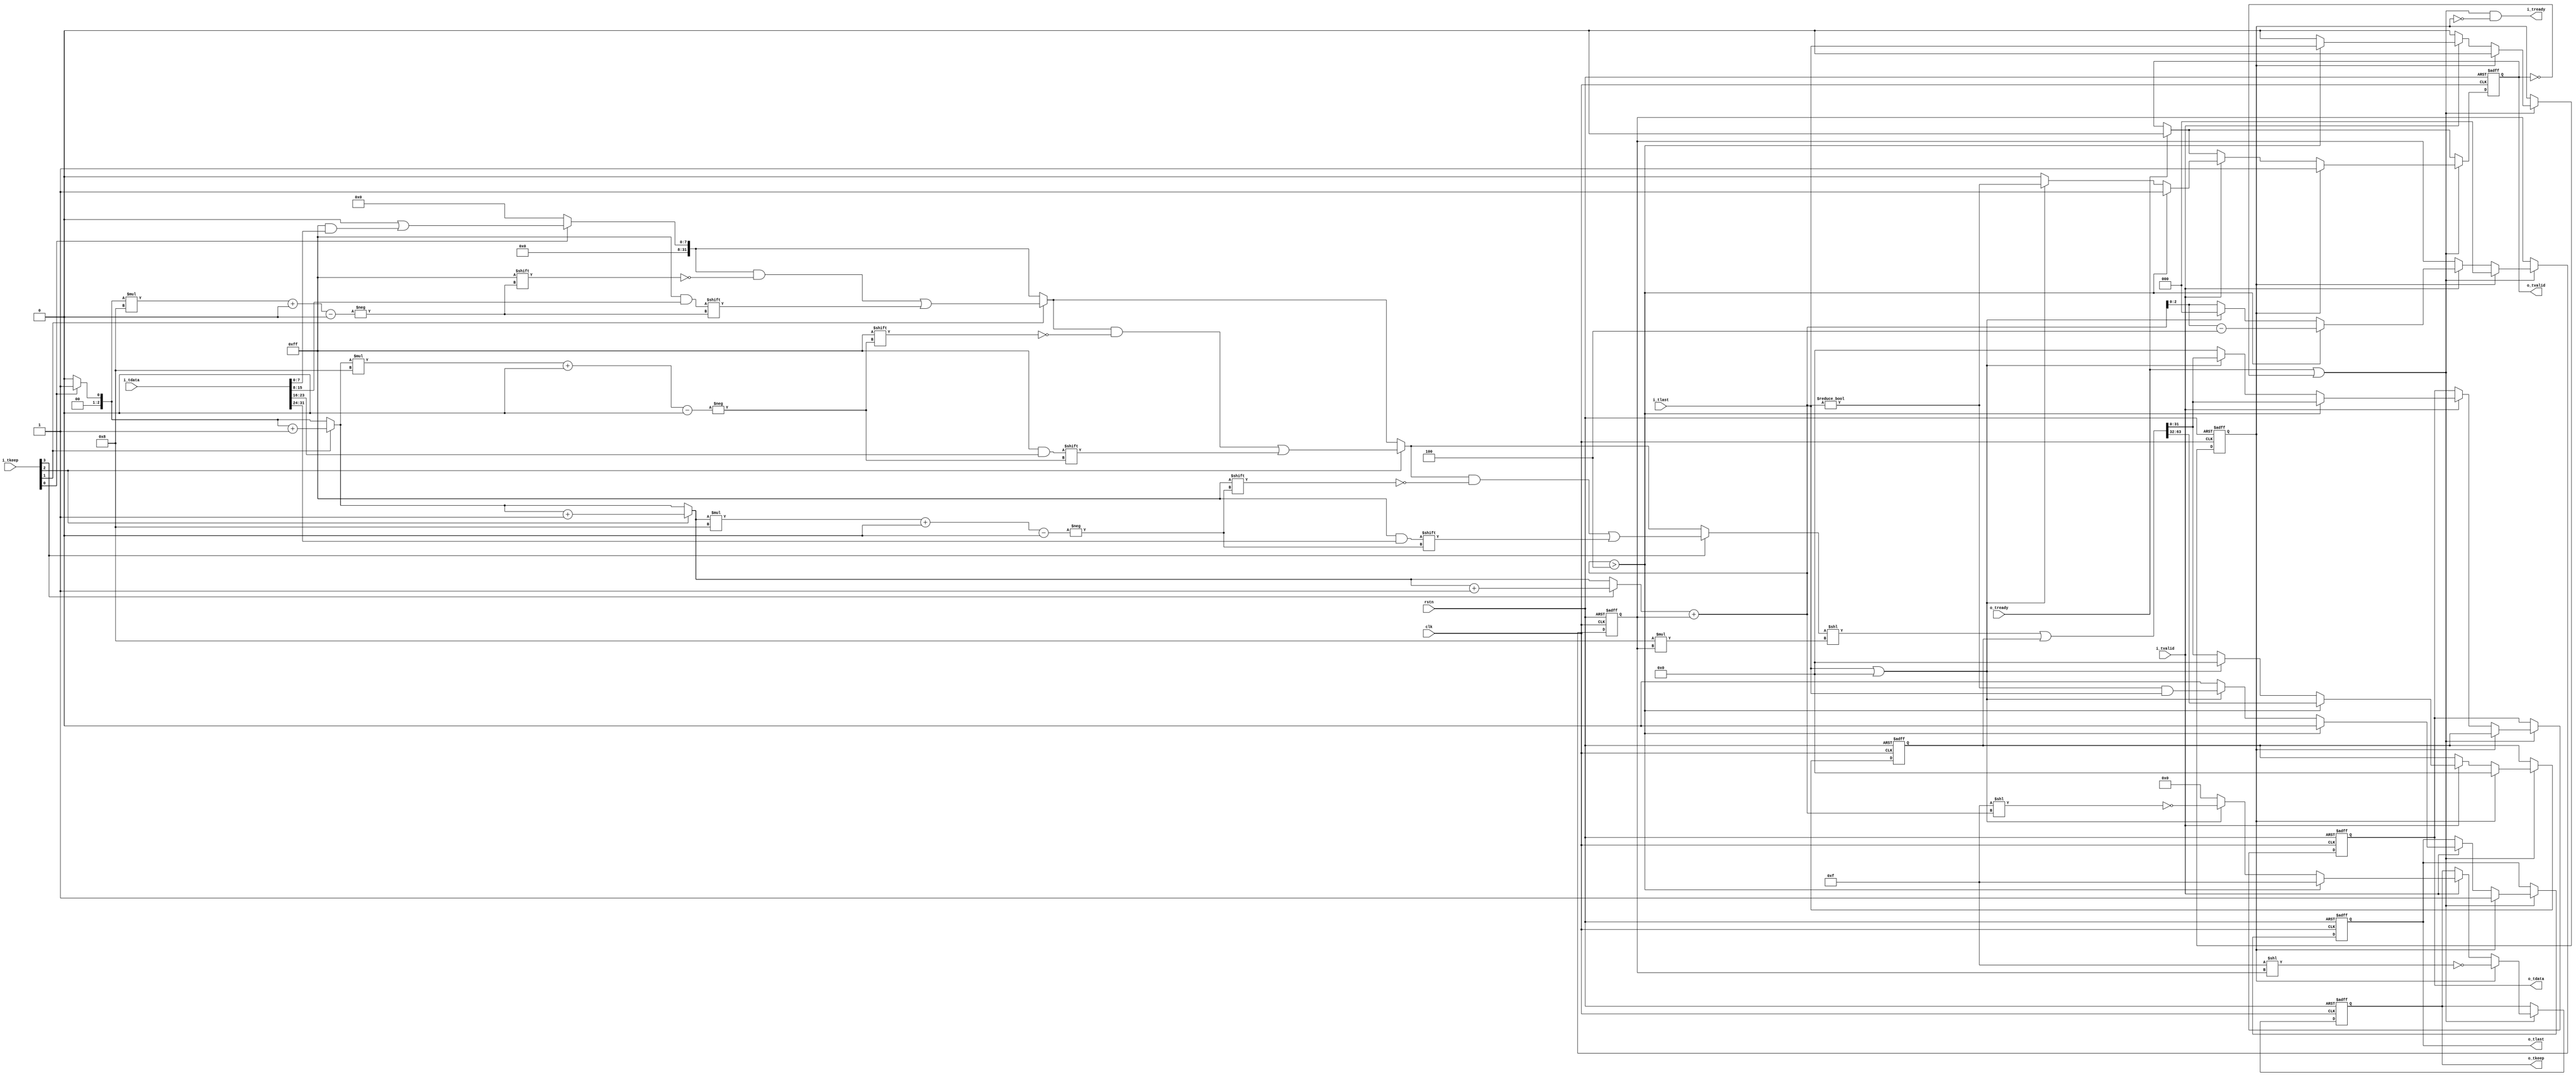

//--------------------------------------------------------------------------------------------------------
// Module  : axi_stream_packing
// Type    : synthesizable, IP's sub-module
// Standard: Verilog 2001 (IEEE1364-2001)
// Function: AXI-stream packing,
//           see AMBA 4 AXI4-stream Protocol Version: 1.0 Specification -> 2.3.3 -> packing
//--------------------------------------------------------------------------------------------------------

module axi_stream_packing #(
    parameter                 EW = 2,     // AXI byte width is 1<<BW, bit width is 8<<BW
    parameter   SUBMIT_IMMEDIATE = 0      // if SUBMIT_IMMEDIATE=0, This module may retain data (even if there is enough bytes to submit). It will only completely clear retained data when encountering a tlast. The purpose is to correctly pack tlast into the tail of the packet, even if tkeep=0 when tlast=1.
                                          // if SUBMIT_IMMEDIATE=1, This module will not retain data, once there is enough bytes to submit, it will output. However, o_tlast will be not avaiable (stuck to 1)
) (
    input  wire               rstn,
    input  wire               clk,
    // AXI-stream slave
    output wire               i_tready,
    input  wire               i_tvalid,
    input  wire [(8<<EW)-1:0] i_tdata,
    input  wire [(1<<EW)-1:0] i_tkeep,
    input  wire               i_tlast,
    // AXI-stream master
    input  wire               o_tready,
    output reg                o_tvalid,
    output reg  [(8<<EW)-1:0] o_tdata,
    output reg  [(1<<EW)-1:0] o_tkeep,
    output wire               o_tlast
);



localparam      [(1<<EW)-1:0] TKEEP_ALL_ZERO = 0;
localparam      [(1<<EW)-1:0] TKEEP_ALL_ONE  = ~TKEEP_ALL_ZERO;



localparam [EW  :0] COUNT_ONE = 1;
localparam [EW+1:0] COUNT_MAX = {1'b1, {(EW+1){1'b0}}};           // equal to 1<<(1+EW)
localparam [EW+1:0] POW_EW_W  = COUNT_MAX >> 1;                   // equal to 1<<EW
localparam [EW  :0] POW_EW    = POW_EW_W[EW:0];                   // equal to 1<<EW



reg  [(8<<EW)-1:0] i_bytes;                                       // not real register : input packed bytes
reg  [    EW   :0] i_count;                                       // not real register : input byte count, range : 0 ~ (1<<EW)

integer i;

always @ (*) begin                                                // (i_tkeep, i_tdata) -> (i_count, i_bytes)
    i_bytes = 0;
    i_count = 0;
    for (i=0; i<(1<<EW); i=i+1)
        if (i_tkeep[i]) begin
            i_bytes[i_count*8 +: 8] = i_tdata[i*8 +: 8];
            i_count = i_count + COUNT_ONE;
        end
end





reg  [      EW   :0] r_count = 0;                                 // range : 0 ~ (1<<EW)
reg  [  (8<<EW)-1:0] r_bytes; 

wire [      EW+1 :0] t_count = {1'b0,i_count} + {1'b0,r_count};   // range : 0 ~ (2<<EW)
reg  [2*(8<<EW)-1:0] t_bytes;                                     // not real register

always @ (*) begin
    t_bytes = i_bytes;
    t_bytes = t_bytes << (8*r_count);
    t_bytes = t_bytes | r_bytes;
end


//always @ (posedge clk) if (r_count > POW_EW) begin $display("***error : axi_stream_packing_imm"); $stop; end




reg                  unflushed = 1'b0;
reg                  r_tlast   = 1'b0;

always @ (posedge clk or negedge rstn)
    if (~rstn) begin
        unflushed <= 1'b0;
        r_count <= 0;
        r_bytes <= 0;
        o_tvalid <= 1'b0;
        r_tlast  <= 1'b0;
        o_tdata  <= 0;
        o_tkeep  <= TKEEP_ALL_ZERO;
    end else begin
        if (o_tready)
            o_tvalid <= 1'b0;
        if (o_tready | ~o_tvalid) begin                                  // o_tready=1 or o_tvalid=0, then it is available to put a new data to output
            if (unflushed) begin
                unflushed <= 1'b0;
                r_count <= 0;
                r_bytes <= 0;
                o_tvalid <= 1'b1;
                r_tlast  <= 1'b1;
                o_tdata  <= r_bytes;
                o_tkeep  <= ~(TKEEP_ALL_ONE << r_count);                 // r_count of bytes is available, so there will be r_count of '1' on tkeep
            end else begin
                if (i_tvalid) begin
                    if (t_count > POW_EW_W) begin                        // More than (1<<EW) bytes have been saved, so we must submit
                        unflushed <= i_tlast;                            // if meet tlast, the remain bytes must also be submitted, so let unflushed=1, to submit it next cycle
                        r_count  <= t_count[EW:0] - POW_EW;              // Equivalent to : r_count <= t_count - (1<<EW)
                        {r_bytes, o_tdata} <= t_bytes;
                        o_tvalid <= 1'b1;
                        r_tlast  <= 1'b0;
                        o_tkeep  <= TKEEP_ALL_ONE;                       // all bytes valid
                    end else if (i_tlast ||                              // not enough bytes for submit, but meet i_tlast, may also need to submit
                                 (SUBMIT_IMMEDIATE & (t_count == POW_EW_W)) ) begin  // if SUBMIT_IMMEDIATE=1 and just have enough bytes, also submit
                        r_count  <= 0;
                        r_bytes  <= 0;
                        o_tvalid <= (t_count != 0);                      // for a spectcial case of zero-bytes packet, omit this packet (do not submit), otherwise submit
                        r_tlast  <= (t_count != 0) & i_tlast;
                        o_tdata  <= t_bytes[(8<<EW)-1:0];
                        o_tkeep  <= ~(TKEEP_ALL_ONE << t_count);         // t_count bytes valid
                    end else begin                                       // not enough bytes, and not meet i_tlast, dont submit
                        r_count  <= t_count[EW:0];
                        r_bytes  <= t_bytes[(8<<EW)-1:0];
                        o_tvalid <= 1'b0;
                        r_tlast  <= 1'b0;
                        o_tdata  <= 0;
                        o_tkeep  <= TKEEP_ALL_ZERO;
                    end
                end
                // assign i_tready = 1;
            end
        end
    end


initial o_tvalid = 1'b0;
initial o_tdata  = 0;
initial o_tkeep  = TKEEP_ALL_ZERO;

assign  o_tlast  = SUBMIT_IMMEDIATE ? 1'b1 : r_tlast;

assign  i_tready = (o_tready | ~o_tvalid) & (~unflushed);


endmodule